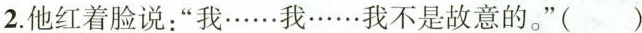
2.他红着脸说：”我……我……我不是故意的。”( )